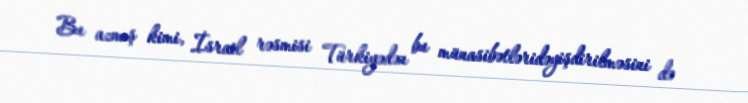
Bu azmış kimi, İsrail rəsmisi Türkiyədən bu münasibətləridəyişdirilməsini də